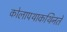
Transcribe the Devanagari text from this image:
कोलापथाकथिनते